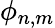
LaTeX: \phi_{n,m}